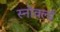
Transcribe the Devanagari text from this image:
स्नोवर्ल्ड